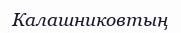
Калашниковтың